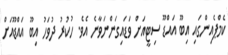
ކެމްޕެއިންގައި އިބޫ އައްޑޫ ސިޓީއަށް ވަޑައިގަންނަވާނެ އެވެ. ހުކުރު ދުވަހު އިބޫ އައްޑޫއަށް